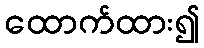
ထောက်ထား၍